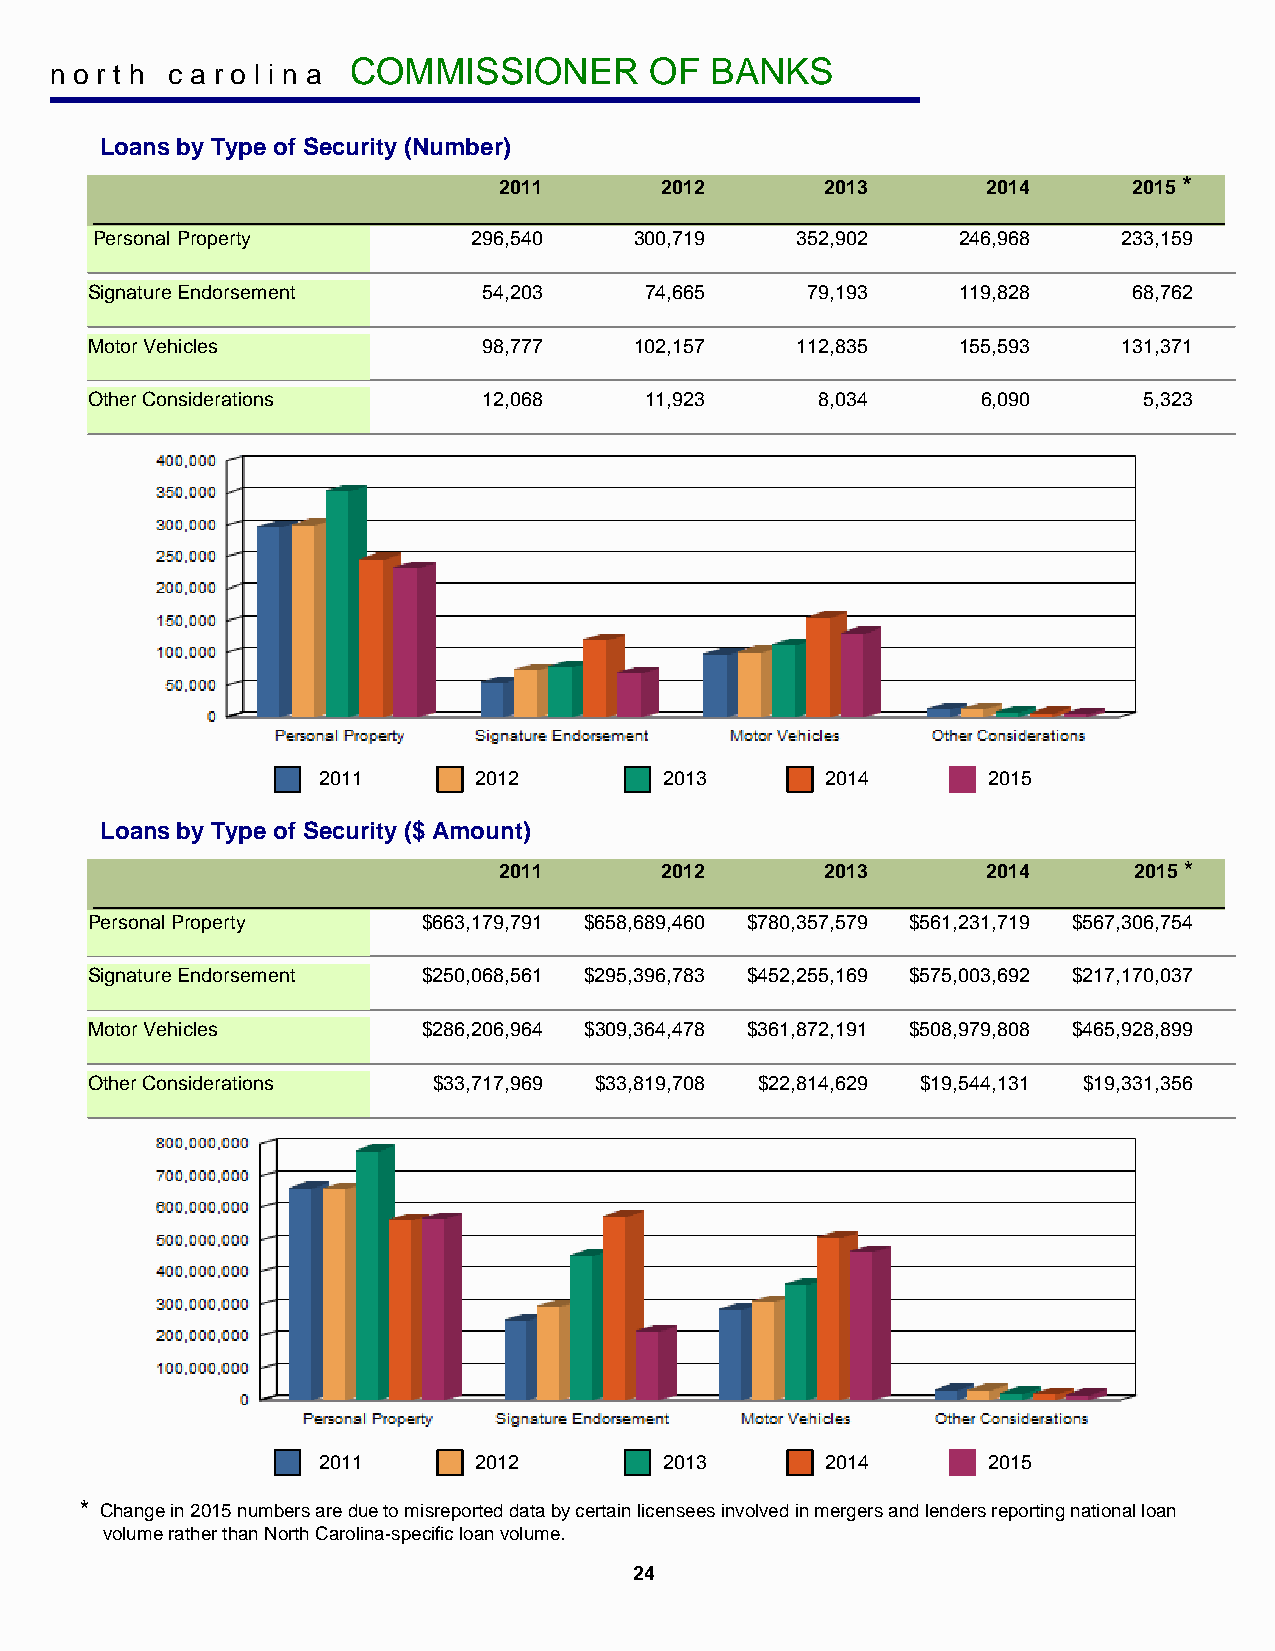
COMMISSIONER        OF  BANKS
 n o r t h c a r o l i n a
 Loans by Type of Security (Number)
 2011       2012       2013      2014      2015 *
 Personal Property        296,540    300,719    352,902   246,968    233,159
 Signature Endorsement     54,203     74,665    79,193    119,828     68,762
 Motor Vehicles            98,777    102,157    112,835   155,593    131,371
 Other Considerations      12,068     11,923     8,034      6,090      5,323
 2011      2012         2013       2014      2015
 Loans by Type of Security ($ Amount)
 2011       2012       2013      2014      2015 *
 Personal Property     $663,179,791 $658,689,460 $780,357,579 $561,231,719 $567,306,754
 Signature Endorsement $250,068,561 $295,396,783 $452,255,169 $575,003,692 $217,170,037
 Motor Vehicles        $286,206,964 $309,364,478 $361,872,191 $508,979,808 $465,928,899
 Other Considerations   $33,717,969 $33,819,708 $22,814,629 $19,544,131 $19,331,356
 2011      2012         2013       2014      2015
 * Change in 2015 numbers are due to misreported data by certain licensees involved in mergers and lenders reporting national loan
 volume rather than North Carolina-specific loan volume.
 24